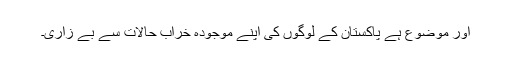
اور موضوع ہے پاکستان کے لوگوں کی اپنے موجودہ خراب حالات سے بے زاری۔